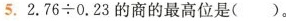
5.2.76÷0.23的商的最高位是( )。